Indian journal of veterinary science and animal husbandry - Volumes 24-25, 1954-1955
Year: 1954
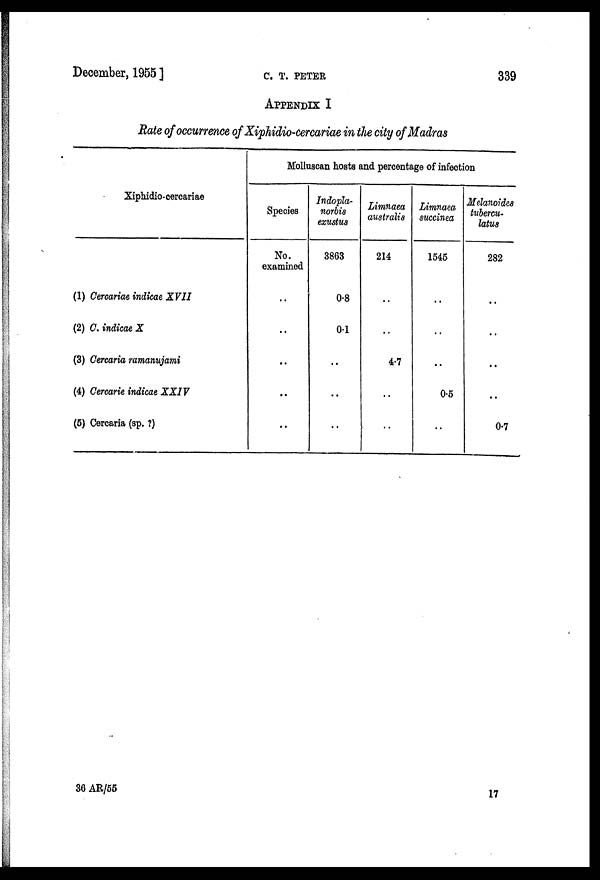
December, 1955 ]
C.
T.
PETER
339
APPENDIX I
Rate of occurrence of Xiphidio-cercariae in the city of Madras
Xiphidio-cercariae
(1) Cercariae indicae XVII
(2) C. indicae X
(3) Cercaria ramanujami
(4) Cercarie indicae XXIV
(5) Cercaria (sp. ?)
Molluscan hosts and percentage of infection
Species
No.
examined
..
..
..
..
..
Indopla-
norbis
exustus
3863
0.8
0.1
..
..
..
Limnaea
australis
214
..
..
4.7
..
..
Limnaea
succinea
1545
..
..
..
0.5
..
Melanoides
tubercu-
latus
282
..
..
..
..
0.7
36 AR/55
17